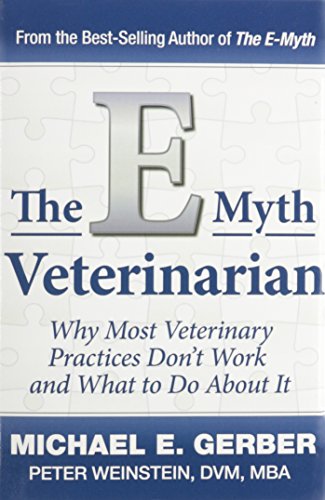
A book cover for The E-Myth Veterinarian; Michael E. Gerber; Medical Books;